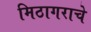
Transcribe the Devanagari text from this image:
मिठागराचे